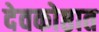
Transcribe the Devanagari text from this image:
देवकोष्ठात